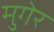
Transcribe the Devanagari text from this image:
मुगेर